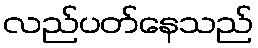
လည်ပတ်နေသည်